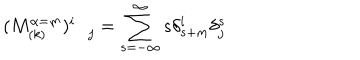
( M _ { ( k ) } ^ { \alpha = m } ) _ { \quad j } ^ { i } = \sum _ { s = - \infty } ^ { \infty } s \delta _ { s + m } ^ { i } \delta _ { j } ^ { s }